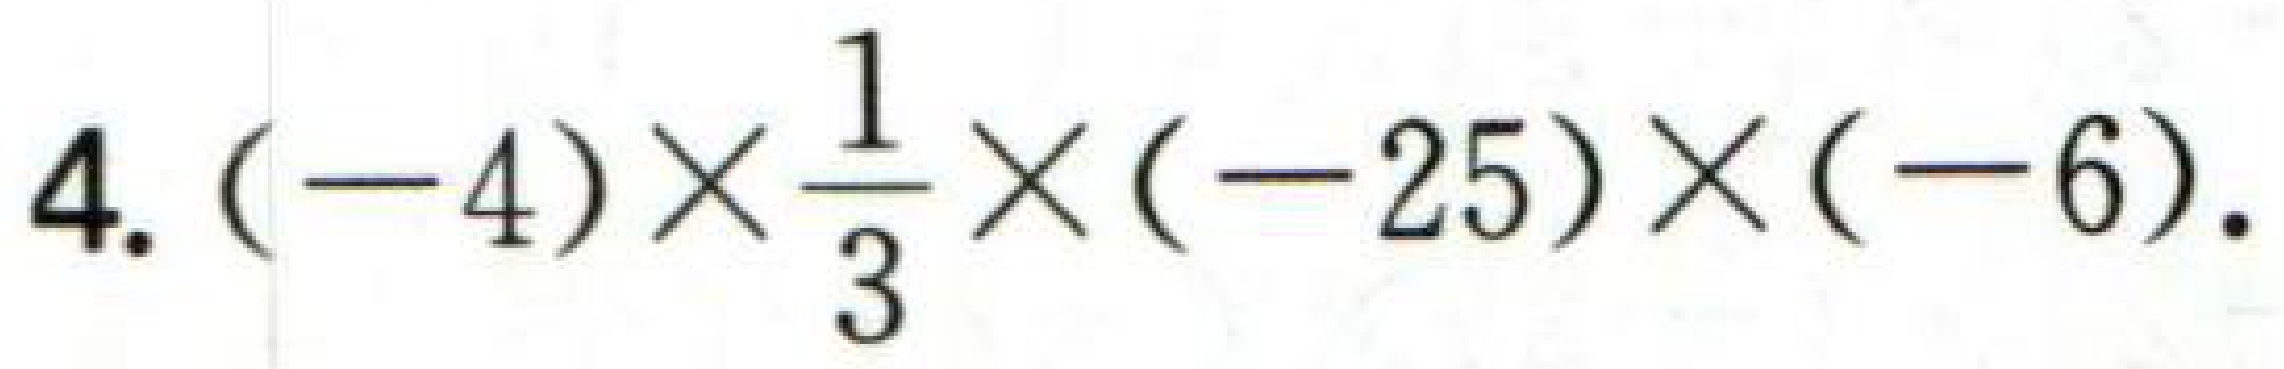
4. \((-4)\times\frac{1}{3}\times(-25)\times(-6)\).